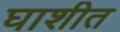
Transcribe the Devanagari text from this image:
घाशीत